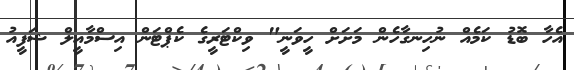
އެހާ ބޮޑު ކަމެއް ނުހިނގާހެން މަށަށް ހީވަނީ" ވިކްޓަރީގެ ކެޕްޓަން އިސްމާއީލް ޝަފީއު